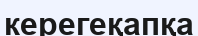
керегеқапқа